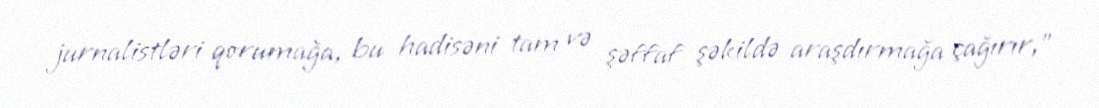
jurnalistləri qorumağa, bu hadisəni tam və şəffaf şəkildə araşdırmağa çağırır,"